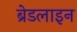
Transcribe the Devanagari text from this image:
ब्रेडलाइन